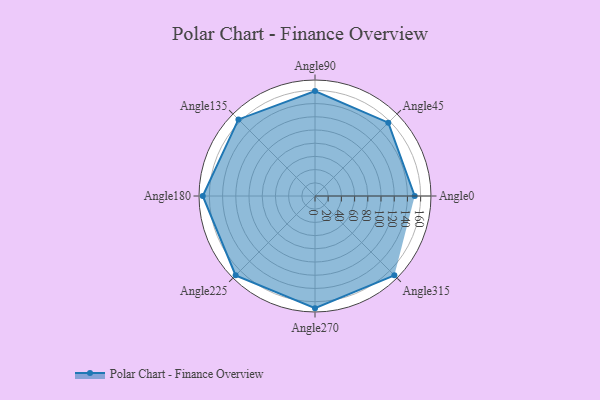
{"axis": {"x": "Angle", "y": "Radius"}, "legend": [""], "data": [{"x": "Angle0", "y": 151.0, "type": ""}, {"x": "Angle45", "y": 157.0, "type": ""}, {"x": "Angle90", "y": 159.0, "type": ""}, {"x": "Angle135", "y": 164.0, "type": ""}, {"x": "Angle180", "y": 170, "type": ""}, {"x": "Angle225", "y": 170, "type": ""}, {"x": "Angle270", "y": 170, "type": ""}, {"x": "Angle315", "y": 170, "type": ""}]}